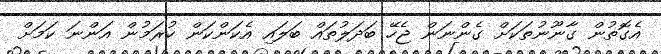
އެގޮތުން ގާނޫނުތަކަށް ގެންނަން ޖެހޭ ބަދަލުތައް ބަލައި އެކަންކަން ކުރަމުން އަންނަ ކަމަށް